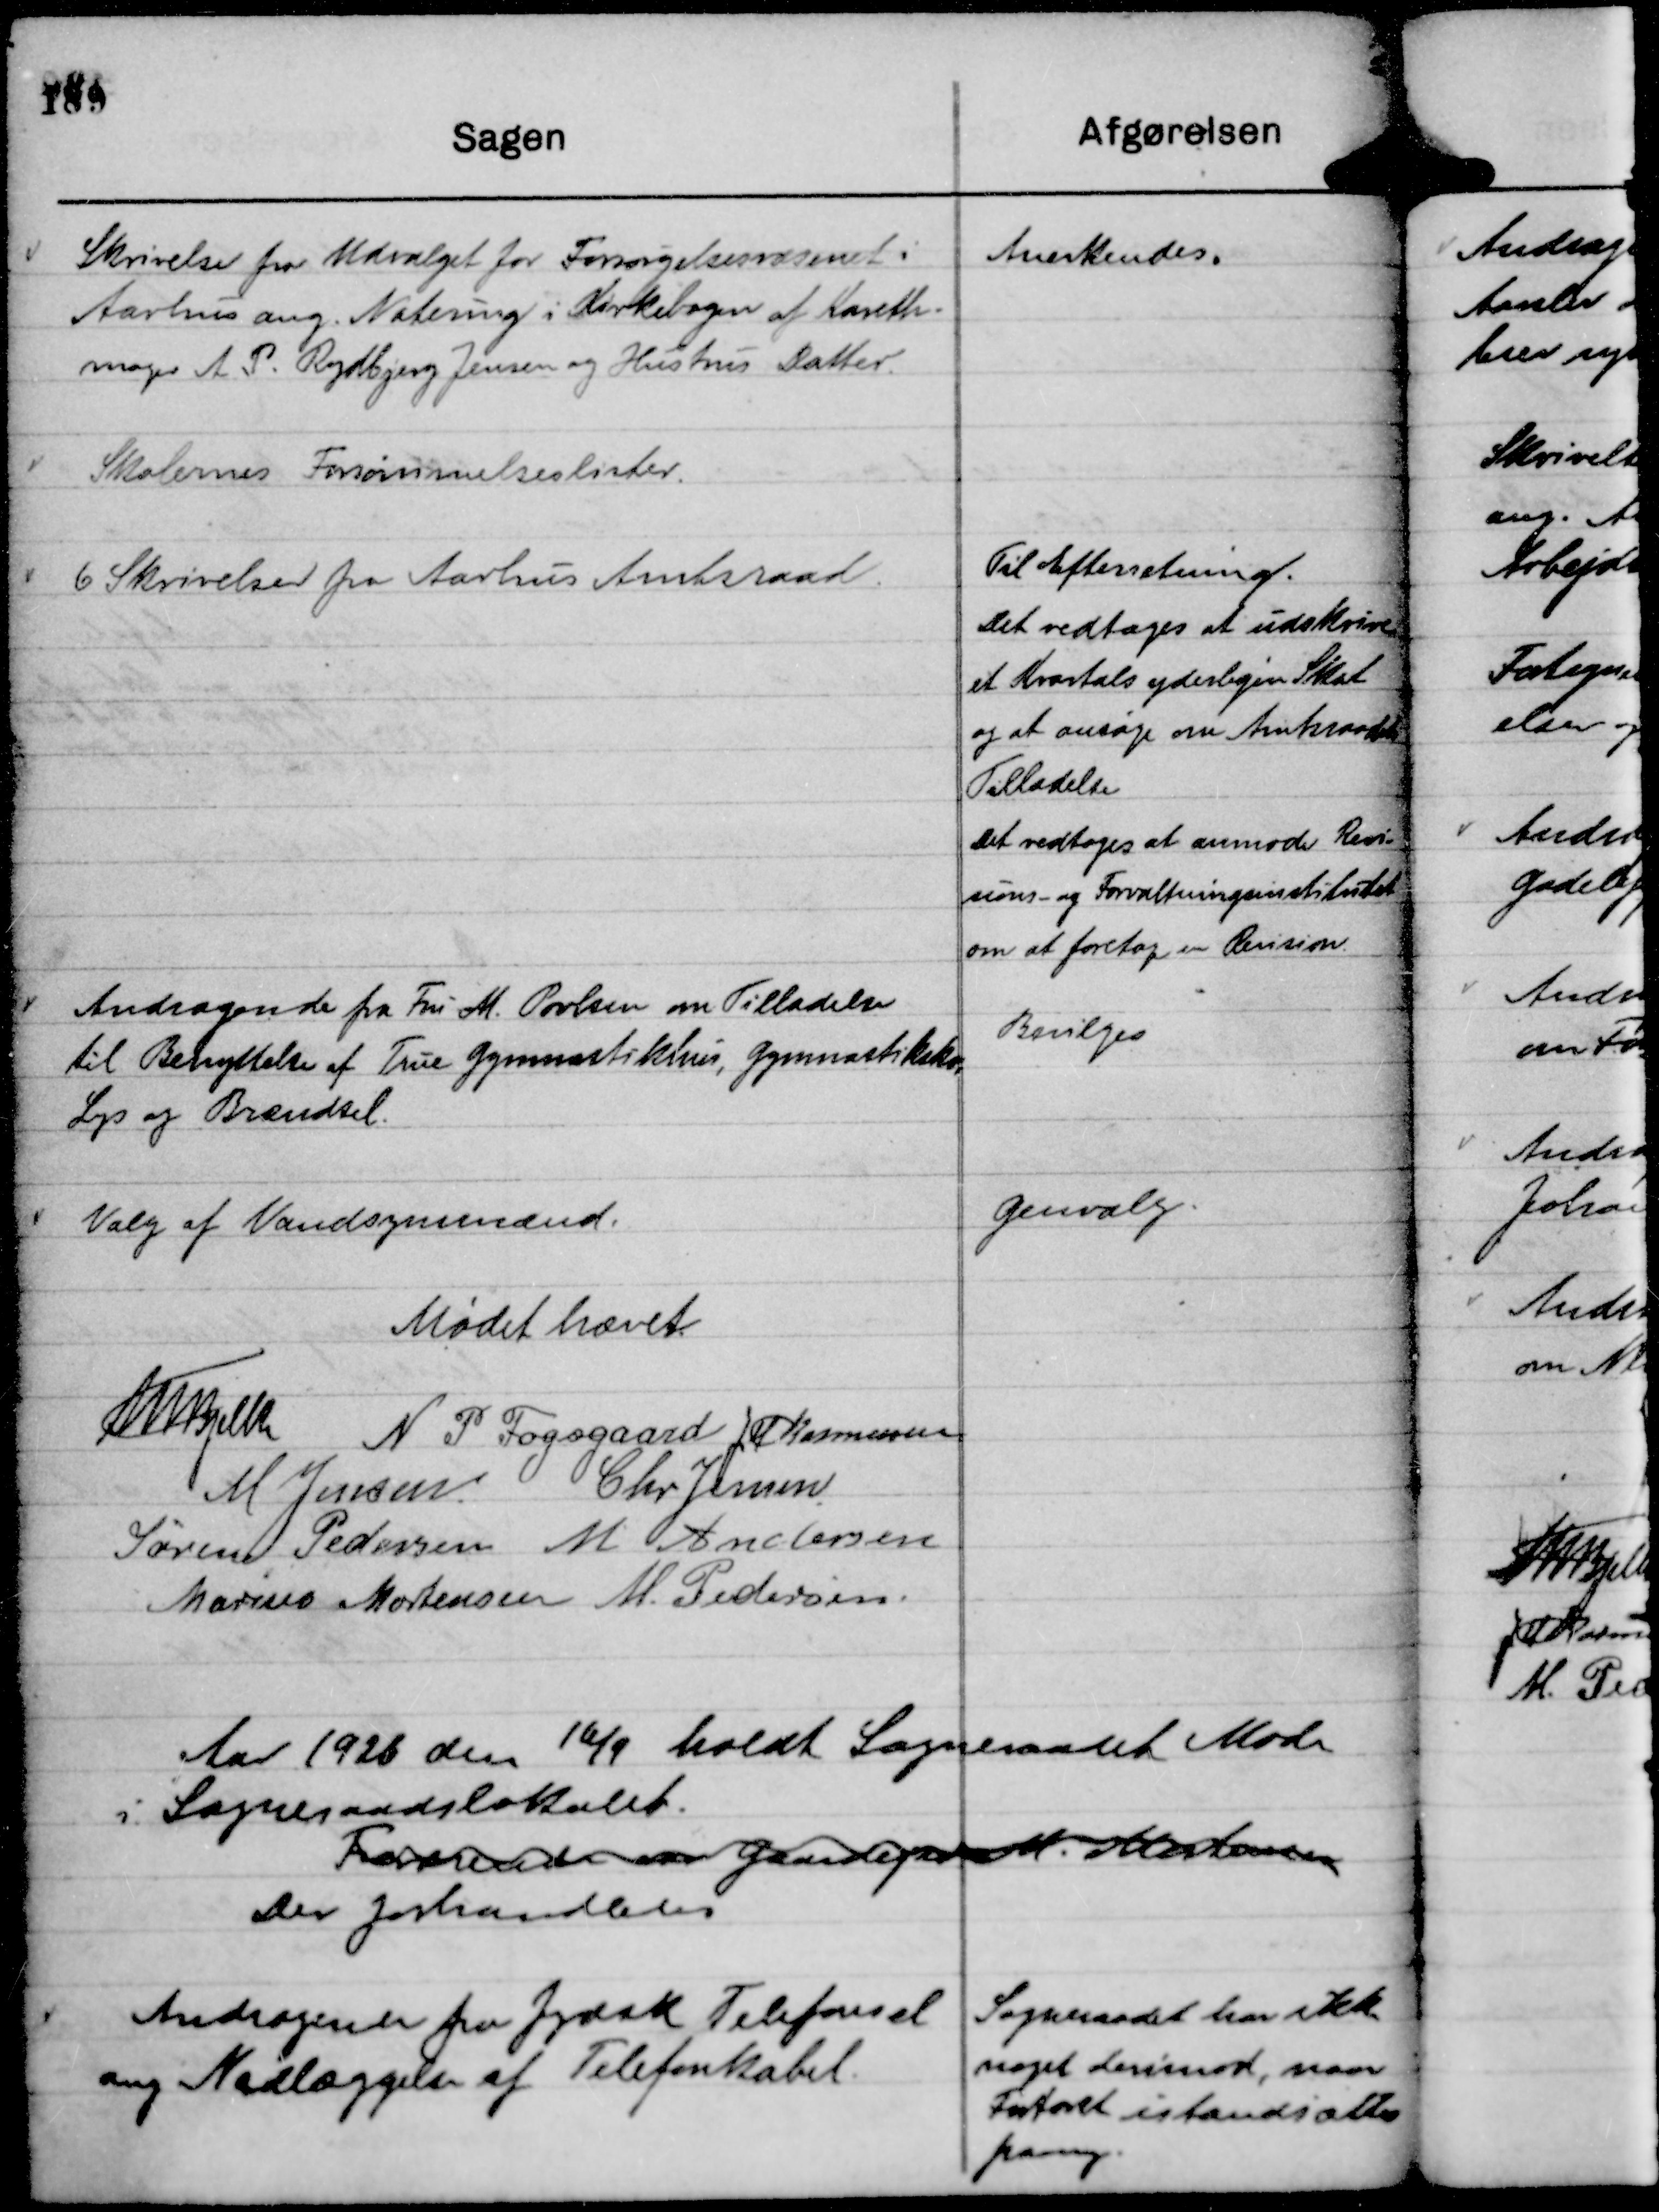
Transskription:
Skrivelse fra Udvalget for Forsørgelsesvæsenet i
Aarhus ang. Notering i Kirkebogen af Kareth-
mager A P. Rydbjerg Jensen og Hustrus Datter.

Anerkendes.

Skolernes Forsømmelseslister.

6 Skrivelser fra Aarhus Amtsraad.

Til Efterretning.

Det vedtages at udskrive
et Kvartals yderligere Skat
og at ansøge om Amtsraadets
Tilladelse.
Det vedtoges at anmode Revi-
sions- og Forvaltningsinstitutet
om at foretage en Revision.

Andragende fra Fru M. Povlsen om Tilladelse
til Benyttelse af True Gymnastikhus, Gymnastiksko,
Lys og Brændsel.

Bevilges

Valg af Vandsynsmænd.

Genvalg.

Mødet hævet
Th Bjelke
N P Fogsgaard
J M Rasmussen
M Jensen
Chr Jensen
Søren Pedersen
M Andersen
Marius Mortensen
M. Pedersen.

Aar 1926 den 16/9 holdt Sogneraadet Møde
i Sogneraadslokalet.
Fraværende var Gaardejer M. Mortensen
Der forhandledes

Andragende fra Jydsk Telefonsel
ang Nedlæggelse af Telefonkabel.

Sogneraadet har ikk
noget derimod, naar
Fortovet istandsættes
paany.